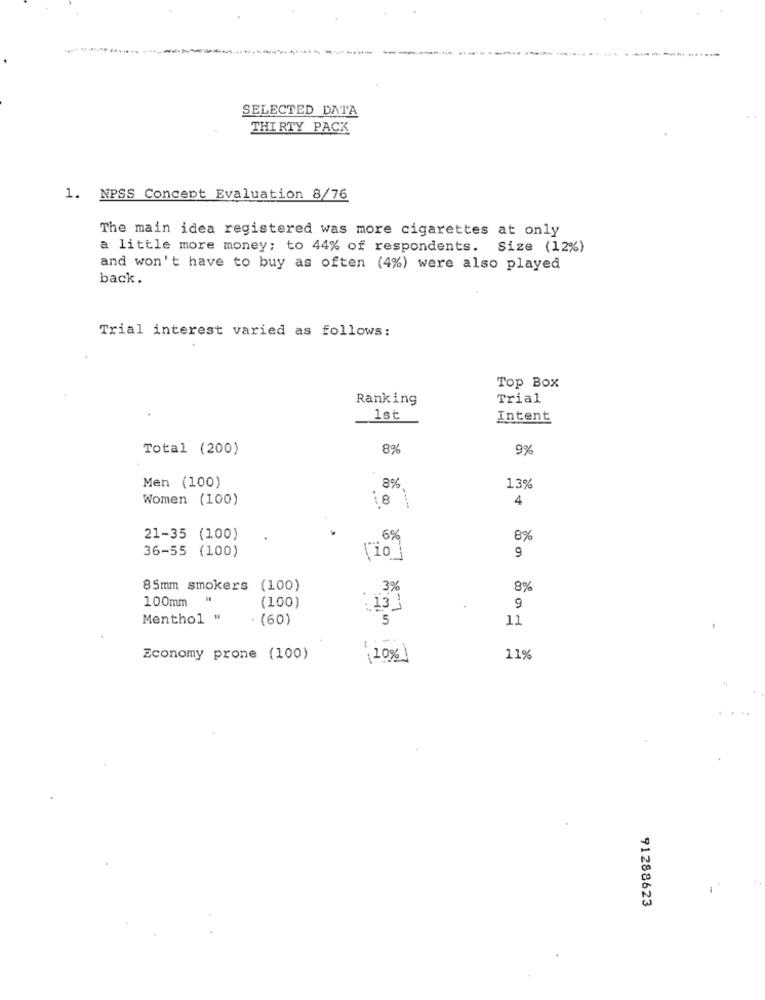
SELECTED DATA
THIRTY PACK
1. NPSS Concept Evaluation 8/76
The main idea registered was more cigarettes at only
a little more money; to 44% of respondents. Size (12%)
and won't have to buy as often (4%) were also played
back.
Trial interest varied as follows:
Top Box
Ranking
Trial
1st
Intent
Total (200)
8%
9%
8%
Men (100)
13%
Women (100)
8
..
4
---
21-35 (100)
6%
8%
36-55 (100)
9
85mm smokers (100)
.
3%
8%
100mm "
(100)
13]
9
Menthol "
. (60)
11
Economy prone (100)
( 10%)
11%
91288623